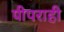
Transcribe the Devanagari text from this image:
पीपराही